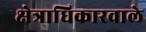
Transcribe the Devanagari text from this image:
क्षेत्राधिकारवाले